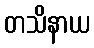
တသိနာယ